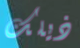
ذيلك